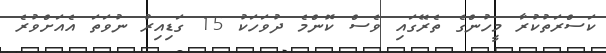
ކަސްރަތުކުރާ މީހުންގެ ތެރޭގައި ވެސް ކޮންމެ ދުވަހަކު 15 ގަޑިއިރު ނުވަތަ އެއަށްވުރެ